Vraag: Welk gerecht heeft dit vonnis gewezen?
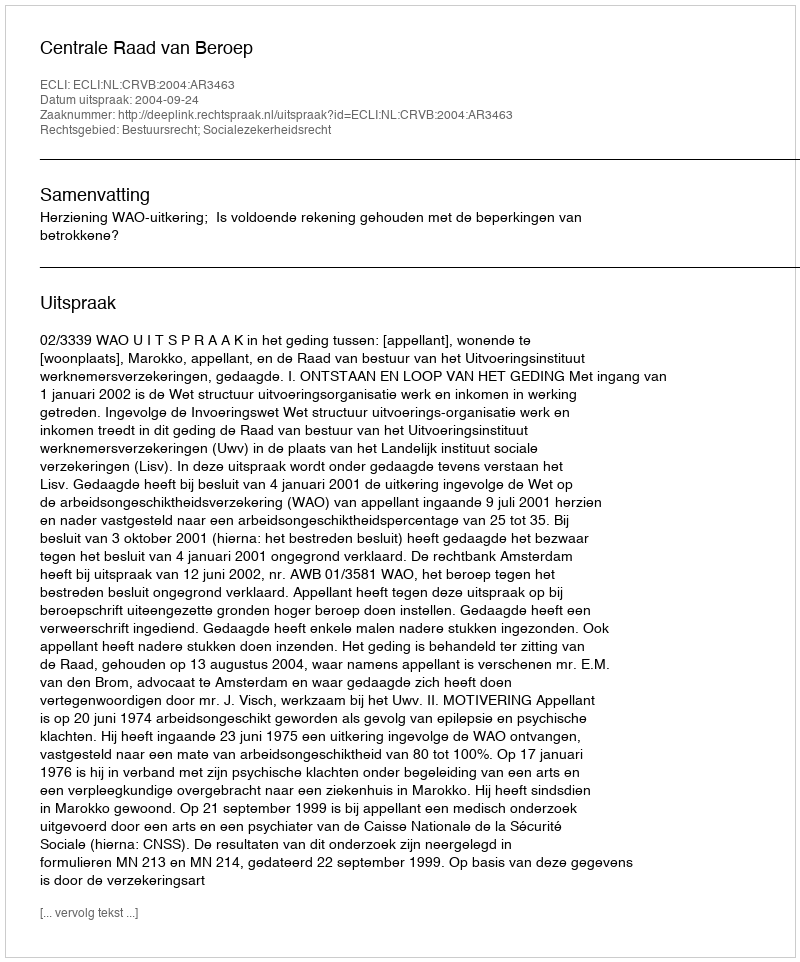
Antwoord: Centrale Raad van Beroep